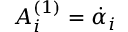
A _ { i } ^ { ( 1 ) } = \dot { \alpha } _ { i }